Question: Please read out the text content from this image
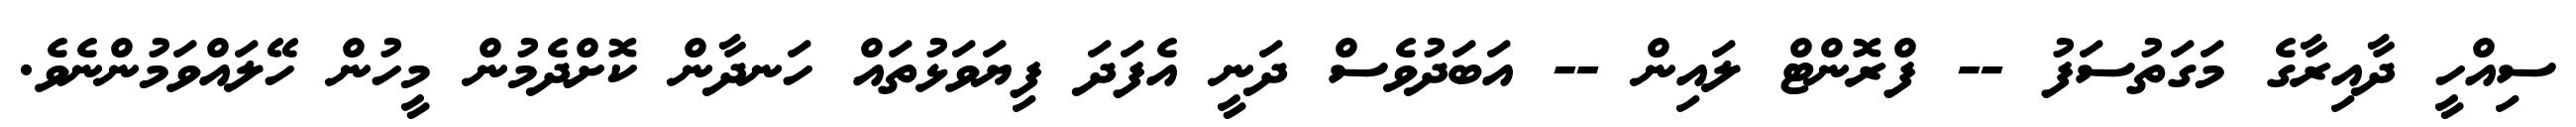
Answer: ސިއްހީ ދާއިރާގެ މަގަތުސަފު -- ފްރޮންޓް ލައިން -- އަބަދުވެސް ދަނީ އެފަދަ ފިޔަވަޅުތައް ހަނދާން ކޮށްދެމުން މީހުން ހޭލައްވަމުންނެވެ.